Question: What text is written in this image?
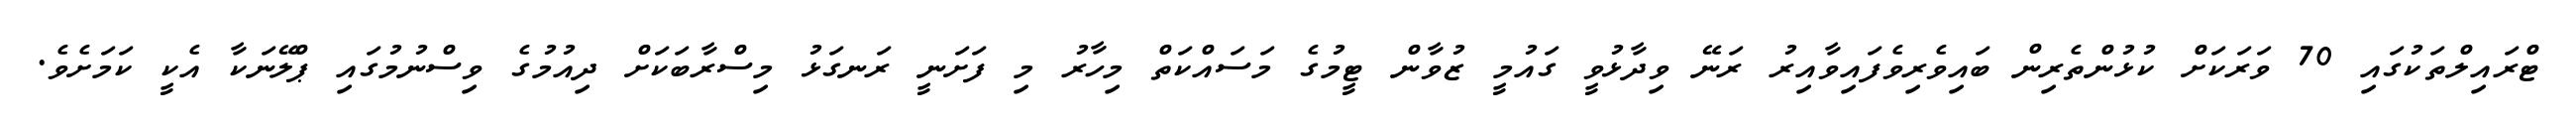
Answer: ޓްރައިލްތަކުގައި 70 ވަރަކަށް ކުޅުންތެރިން ބައިވެރިވެފައިވާއިރު ރަނޭ ވިދާޅުވީ ގައުމީ ޒުވާން ޓީމުގެ މަސައްކަތް މިހާރު މި ފަށަނީ ރަނގަޅު މިސްރާބަކަށް ދިއުމުގެ ވިސްނުމުގައި ޕްލޭނަކާ އެކީ ކަމަށެވެ.